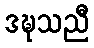
ဒဍ္ဎသညီ